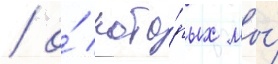
/ о́ кото́рых мы́